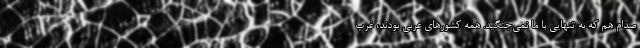
صدام هم که به تنهایی با ما نمی‌جنگید. همه کشورهای عربی بودند، غرب